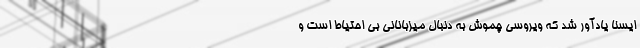
ایسنا یادآور شد که ویروسی چموش به دنبال میزبانانی بی احتیاط است و